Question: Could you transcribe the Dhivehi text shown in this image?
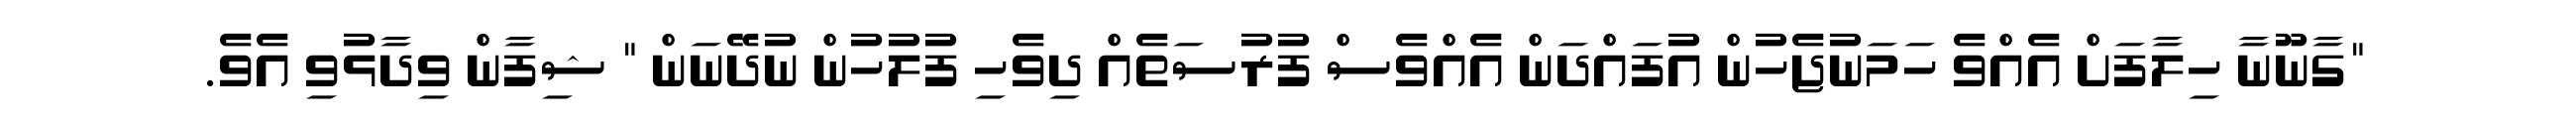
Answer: "ގާނޫނާ ހިލާފަށް އެއްވެ ހަމަނުޖެހުން އުފައްދަން އެއްވެސް ފުރުސަތެއް ދިވެހި ފުލުހުން ނުދޭނަން " ޝިފާން ވިދާޅުވި އެވެ.